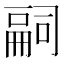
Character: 𠻸